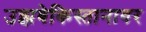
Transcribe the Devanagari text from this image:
उझबेकिस्तानावर